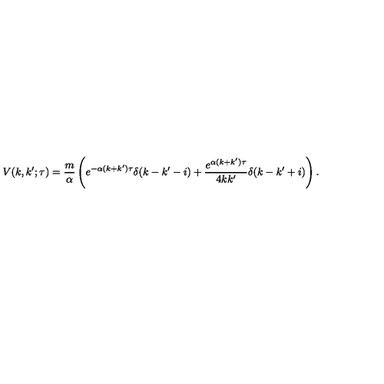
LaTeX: V ( k , k ^ { \prime } ; \tau ) = \frac { m } { \alpha } \left( e ^ { - \alpha ( k + k ^ { \prime } ) \tau } \delta ( k - k ^ { \prime } - i ) + \frac { e ^ { \alpha ( k + k ^ { \prime } ) \tau } } { 4 k k ^ { \prime } } \delta ( k - k ^ { \prime } + i ) \right) .